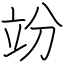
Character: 竕